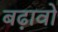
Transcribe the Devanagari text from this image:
बढ़ावों